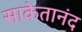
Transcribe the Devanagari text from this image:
साकेतानंद